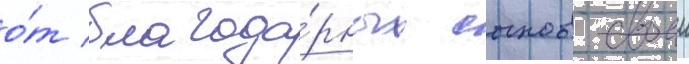
о́т благода́рных сынов своеи